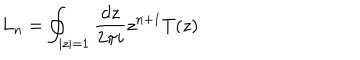
L _ { n } = \oint _ { | z | = 1 } \frac { d z } { 2 \pi i } z ^ { n + 1 } T ( z )